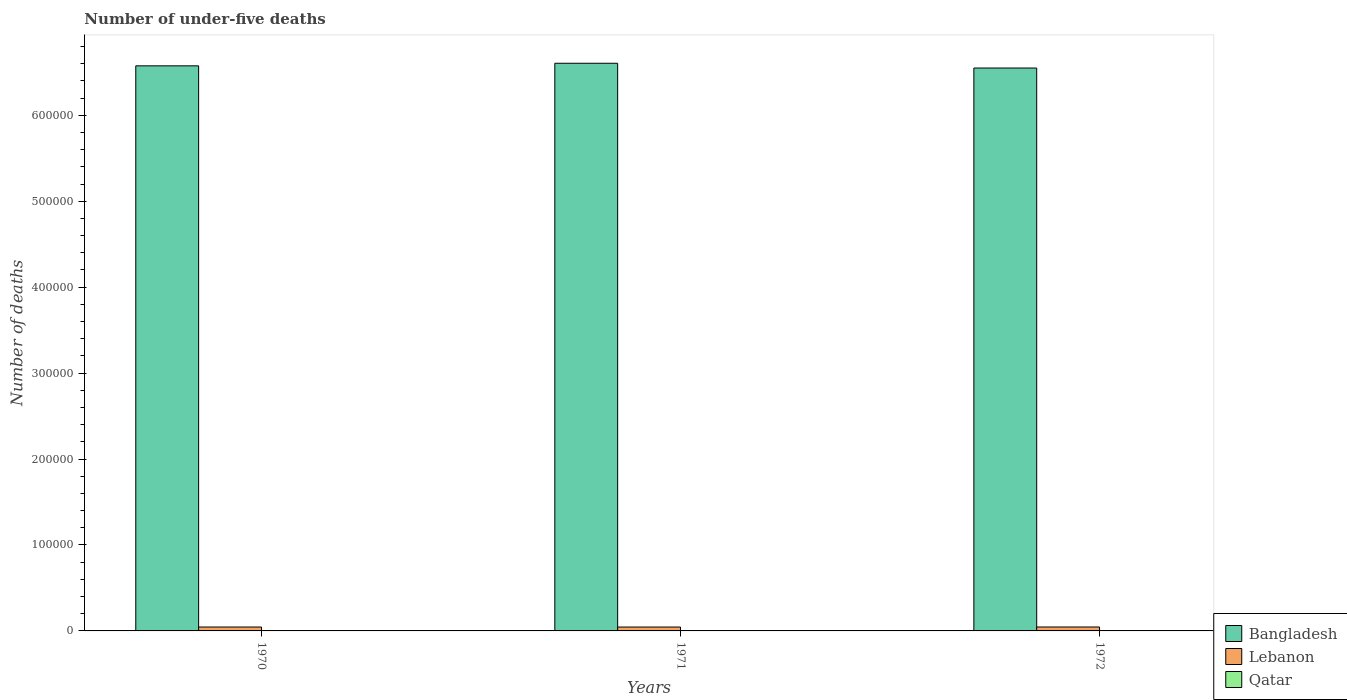
| Years | Bangladesh | Lebanon | Qatar |
 | --- | --- | --- | --- |
 | 1970 | 6.58e+05 | 4.54e+03 | 254 |
 | 1971 | 6.61e+05 | 4.52e+03 | 249 |
 | 1972 | 6.55e+05 | 4.56e+03 | 246 |